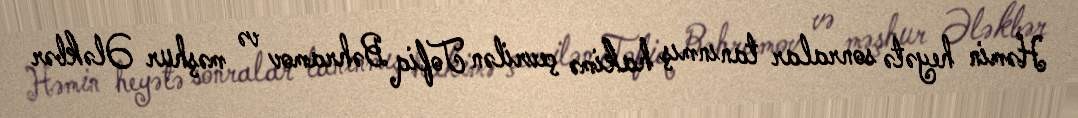
Həmin heyətə sonralar tanınmış hakimə çevrilən Tofiq Bəhramov və məşhur Ələkbər